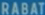
RABAT